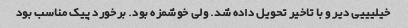
خیلیییی دیر و با تاخیر تحویل داده شد. ولی خوشمزه بود. برخورد پیک مناسب بود